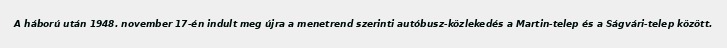
A háború után 1948. november 17-én indult meg újra a menetrend szerinti autóbusz-közlekedés a Martin-telep és a Ságvári-telep között.